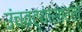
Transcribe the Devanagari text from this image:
उंचवट्यासारखे